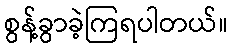
စွန့်ခွာခဲ့ကြရပါတယ်။